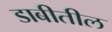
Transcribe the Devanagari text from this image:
डाबीतील